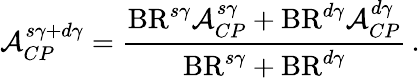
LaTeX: {\cal A}_{CP}^{s\gamma+d\gamma}={\frac{\mathrm{BR}^{s\gamma}{\cal A}_{CP}^{s\gamma}+\mathrm{BR}^{d\gamma}{\cal A}_{CP}^{d\gamma}}{\mathrm{BR}^{s\gamma}+\mathrm{BR}^{d\gamma}}}\, .